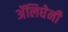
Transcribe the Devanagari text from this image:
अॅलिघेनी